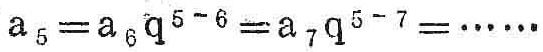
\(a_{5}=a_{6}q^{5 - 6}=a_{7}q^{5 - 7}=\cdots\cdots\)